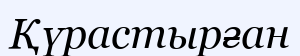
Қүрастырған